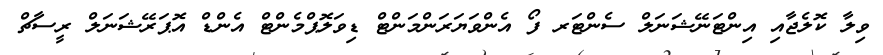
ވިލާ ކޮލެޖާއި އިންޓަނޭޝަނަލް ސެންޓަރ ފޯ އެންވަޔަރަންމަންޓް ޑިވަލޮޕްމެންޓް އެންޑް އޮޕަރޭޝަނަލް ރީސާޗް